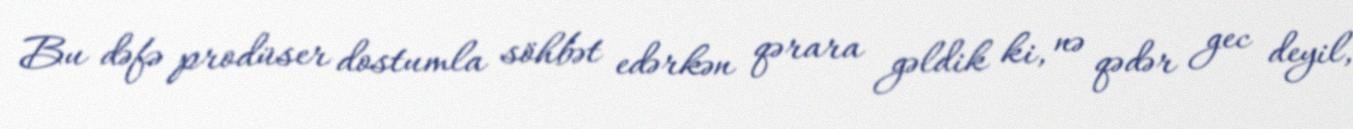
Bu dəfə prodüser dostumla söhbət edərkən qərara gəldik ki, nə qədər gec deyil,